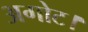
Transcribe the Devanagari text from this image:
अगोट।